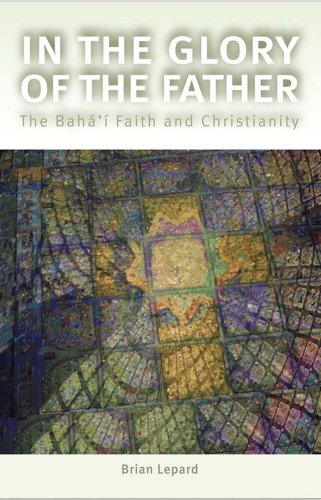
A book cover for In the Glory of the Father: The Bahai Faith and Christianity; Brian D. Lepard; Religion & Spirituality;